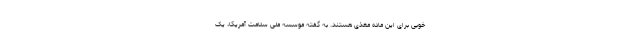
خوبی برای این ماده مغذی هستند. به گفته موسسه ملی سلامت آمریکا، یک